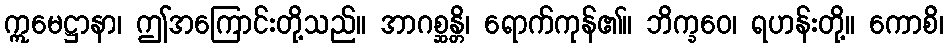
ဣမေဋ္ဌာနာ၊ ဤအကြောင်းတို့သည်။ အာဂစ္ဆန္တိ၊ ရောက်ကုန်၏။ ဘိက္ခဝေ၊ ရဟန်းတို့။ ကောစိ၊